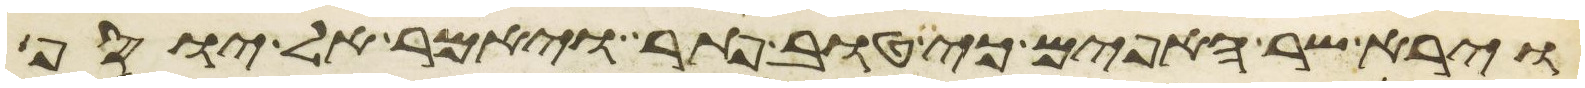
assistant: וירא שר האפים כי טוב פתר ויאמר אל יוסף